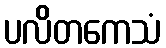
ပလိတကေသံ